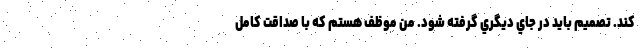
كند. تصميم بايد در جاي ديگري گرفته شود. من موظف هستم كه با صداقت كامل